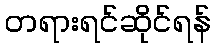
တရားရင်ဆိုင်ရန်